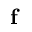
\mathbf { f }